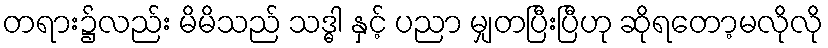
တရား၌လည်း မိမိသည် သဒ္ဓါ နှင့် ပညာ မျှတပြီးပြီဟု ဆိုရတော့မလိုလို